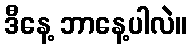
ဒီနေ့ ဘာနေ့ပါလဲ။